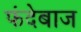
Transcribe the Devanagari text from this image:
फंदेबाज